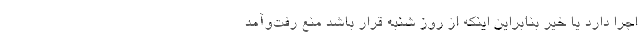
اجرا دارد یا خیر بنابراین اینکه از روز شنبه قرار باشد منع رفت‌وآمد